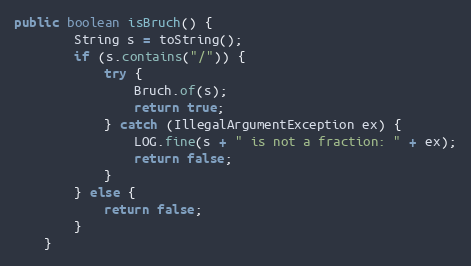
Language: Java
public boolean isBruch() {
        String s = toString();
        if (s.contains("/")) {
            try {
                Bruch.of(s);
                return true;
            } catch (IllegalArgumentException ex) {
                LOG.fine(s + " is not a fraction: " + ex);
                return false;
            }
        } else {
            return false;
        }
    }